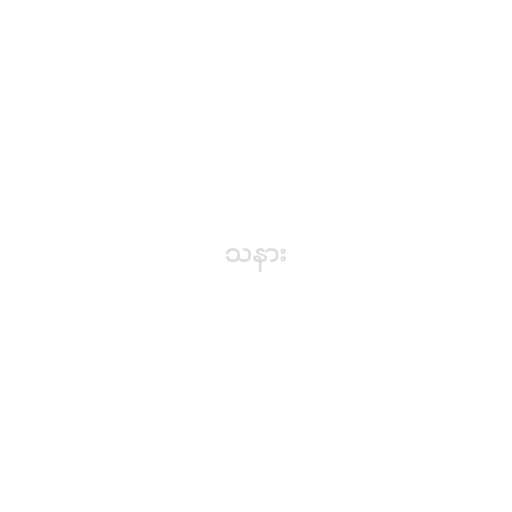
သနား